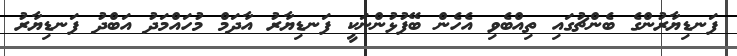
ފަނޑިޔާރުންގެ ބެންޗުގައި ތިއްބެވި އެހެން ބޭފުޅުންނަކީ ފަނޑިޔާރު އާދަމް މުހައްމަދު އަބްދު ފަނޑިޔާރު